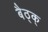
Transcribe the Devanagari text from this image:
बैठ्क्